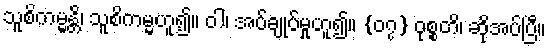
သူစိကမ္မန္တိ၊ သူစိကမ္မဟူ၍။ ဝါ၊ အပ်ချုပ်မှုဟူ၍။ {၀၇} ဝုစ္စတိ၊ ဆိုအပ်ပြီ။